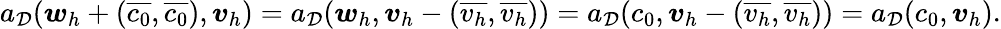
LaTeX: a_{\mathcal{D}}(\boldsymbol{w}_{h}+(\overline{{c_{0}}},\overline{{c_{0}}}),\boldsymbol{v}_{h})=a_{\mathcal{D}}(\boldsymbol{w}_{h},\boldsymbol{v}_{h}-(\overline{{v_{h}}},\overline{{v_{h}}}))=a_{\mathcal{D}}(c_{0},\boldsymbol{v}_{h}-(\overline{{v_{h}}},\overline{{v_{h}}}))=a_{\mathcal{D}}(c_{0},\boldsymbol{v}_{h}).